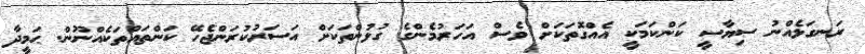
ރަނގަޅެއްނު ސިޔާސީ ކަންކަމަކީ އެއްގޮތަކަށް ވެސް އަހަރުމެންގެ ގުޅުންތަކަށް އަސަރުކުރަންޖެހޭ ކަންތައްތަކެއްނޫން. ޙަމީދާ